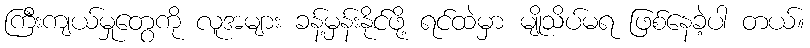
ကြီးကျယ်မှုတွေကို လူအများ ခန့်မှန်းနိုင်ဖို့ ရင်ထဲမှာ မျိုသိပ်မရ ဖြစ်နေခဲ့ပါ တယ်။